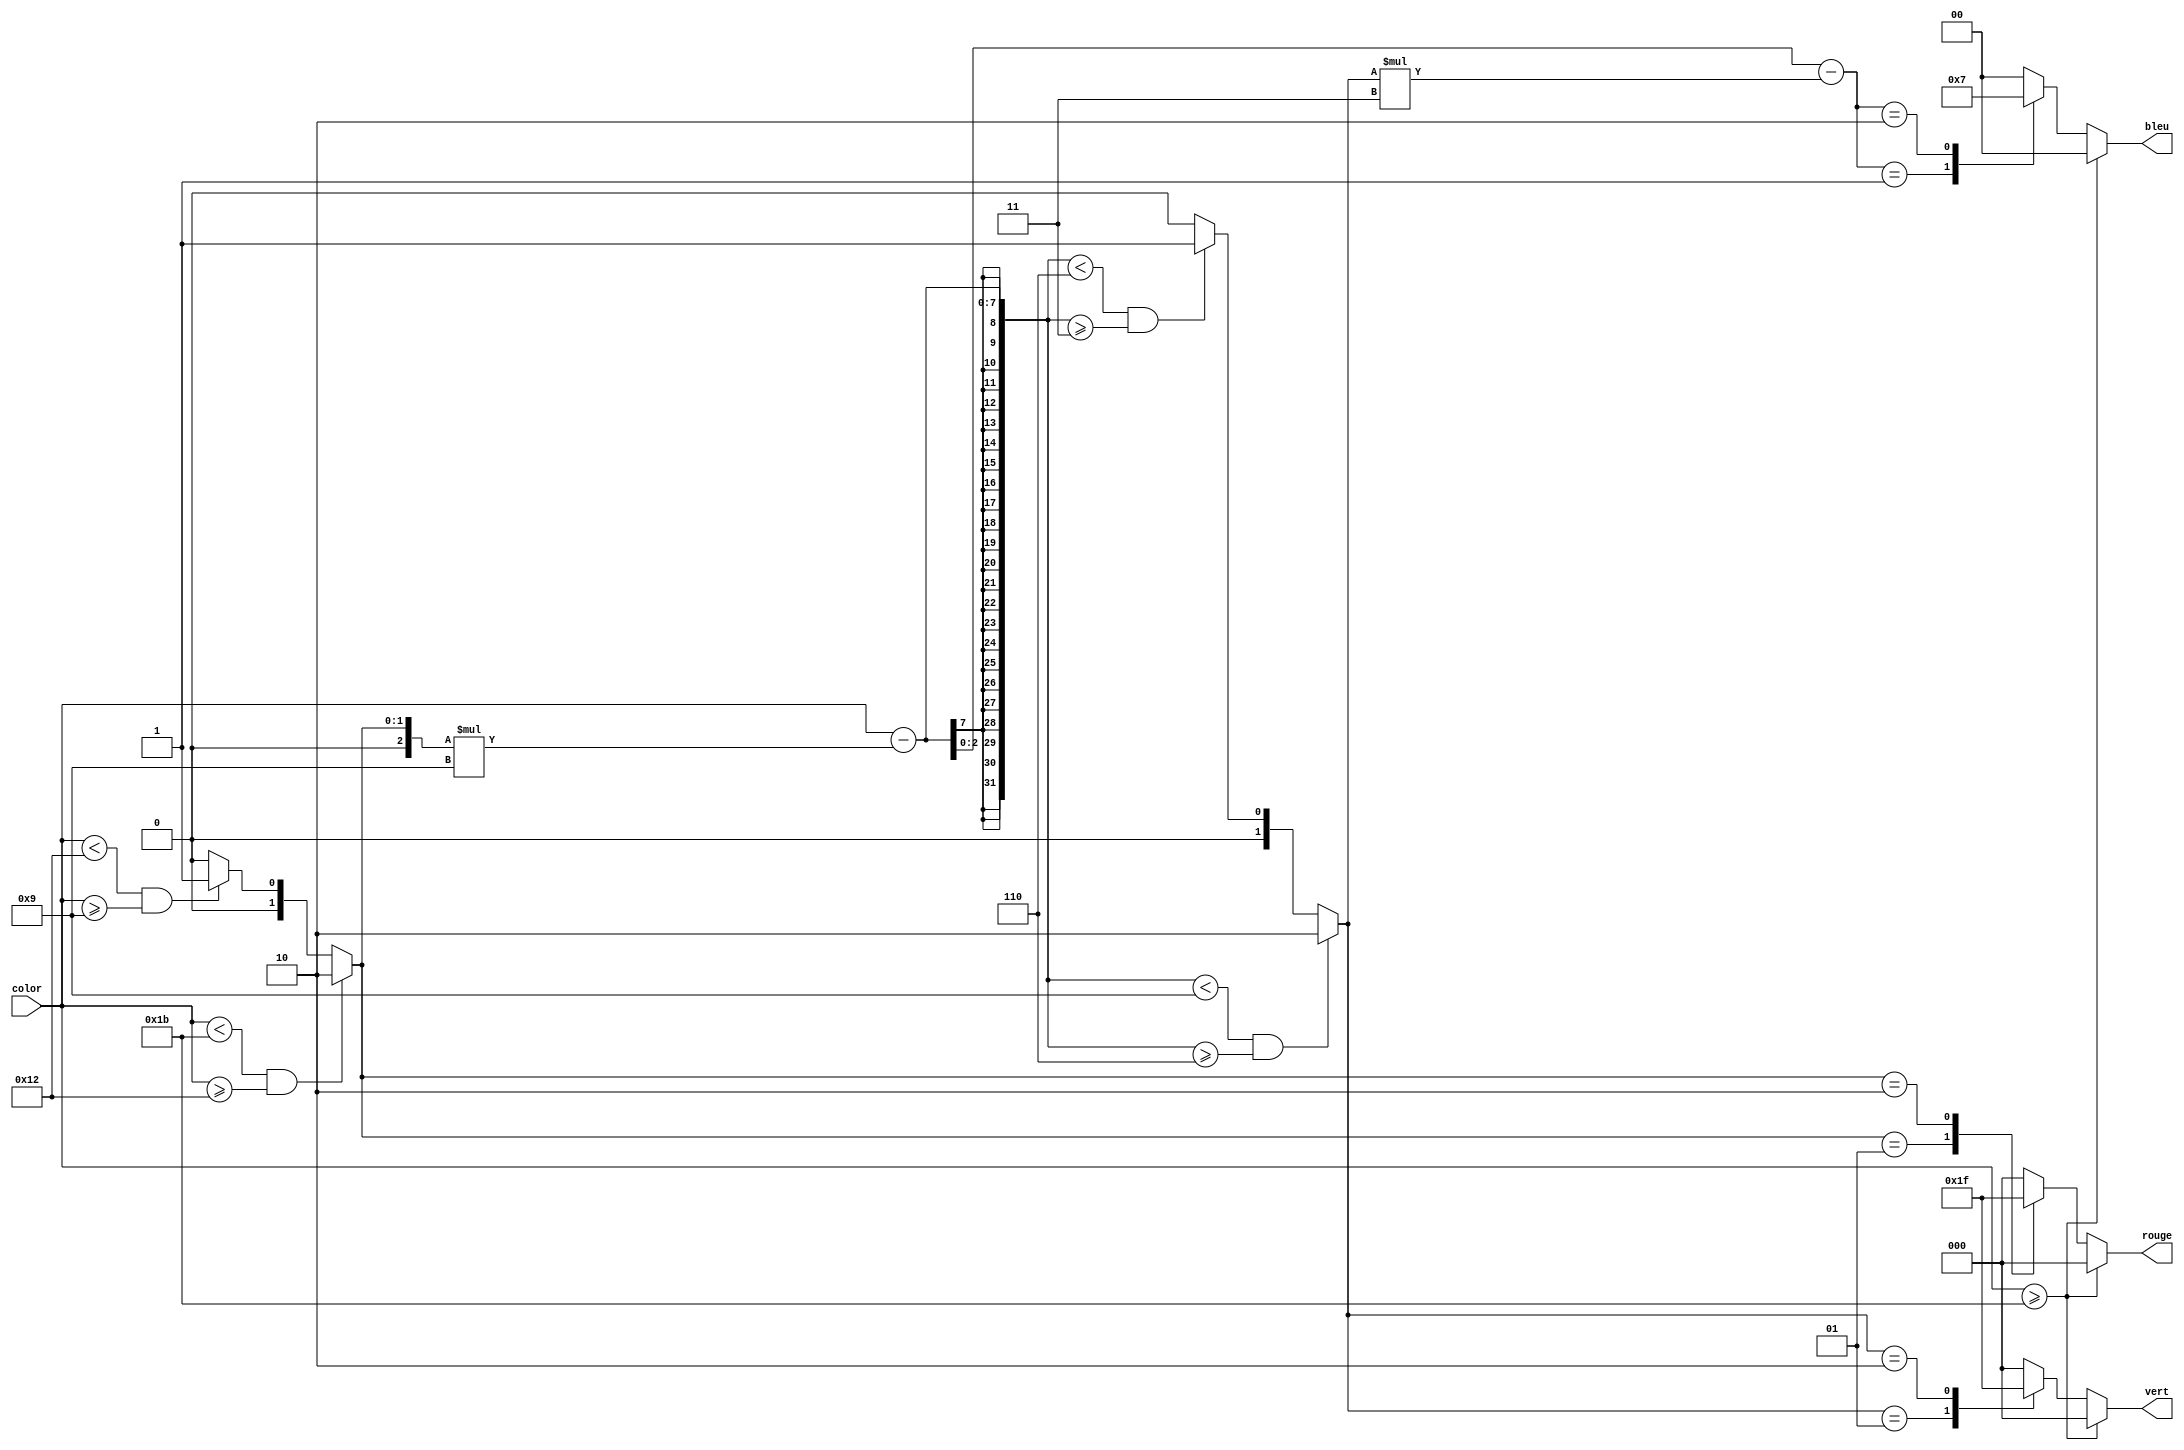
`timescale 1ns / 1ps
//////////////////////////////////////////////////////////////////////////////////
// Company: 
// Engineer: 
// 
// Design Name: 
// Module Name:    OneColorDecoder 
// Project Name: 
// Target Devices: 
// Tool versions: 
// Description: 
//
// Dependencies: 
//
// Revision: 
// Revision 0.01 - File Created
// Additional Comments: 
//
//////////////////////////////////////////////////////////////////////////////////
module OneColorDecoder(
    input [4:0] color,
    output reg [2:0] rouge,
    output reg [2:0] vert,
    output reg [1:0] bleu
    );
	 
	 reg [2:0] a;
	 reg [2:0] b;
	 reg [2:0] c;
	 always@(*)begin
		if (color<27 && color>=18)
			a=2;
		else if (color<18 && color>=9)
			a=1;
		else
			a=0;
		
		if (color-a*9<9 && color-a*9>=6)
			b=2;
		else if (color-a*9<6 && color-a*9>=3)
			b=1;
		else
			b=0;
		
		c = color-a*9-b*3;
		
		case(a)
		0:rouge=0;
		1:rouge=3;
		2:rouge=7;
		default: rouge=0;
		endcase
		
		case(b)
		0:vert=0;
		1:vert=3;
		2:vert=7;
		default: vert=0;
		endcase
		
		case(c)
		0:bleu=0;
		1:bleu=1;
		2:bleu=3;
		default: bleu=0;
		endcase
		
		if (color >=27)begin
			rouge=0;
			vert=0;
			bleu=0;
		end
	 end


endmodule